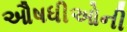
ઔષધીઓની